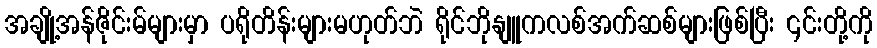
အချို့အန်ဇိုင်းမ်များမှာ ပရိုတိန်းများမဟုတ်ဘဲ ရိုင်ဘိုနျူကလစ်အက်ဆစ်များဖြစ်ပြီး ၎င်းတို့ကို